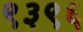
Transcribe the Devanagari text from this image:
९३९६